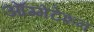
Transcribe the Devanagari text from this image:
ऑग्मेंटेशन